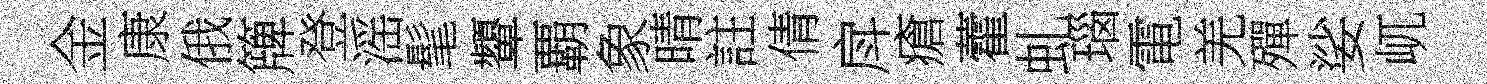
金康俄簰登滛髦顰覇象晴註倩戽瘡藿虬瑙電羌殫娑屼